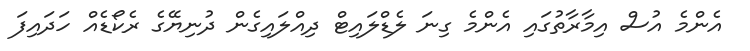
އެންމެ އުސް އިމާރާތުގައި އެންމެ ގިނަ ލެޑްލައިޓް ދިއްލައިގެން ދުނިޔޭގެ ރެކޯޑެއް ހަދައިފަ